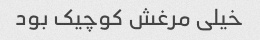
خیلی مرغش کوچیک بود